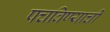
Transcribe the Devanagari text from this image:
पचविण्याची